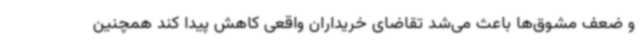
و ضعف مشوق‌ها باعث می‌شد تقاضای خریداران واقعی کاهش پیدا کند همچنین